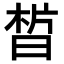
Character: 𣇮